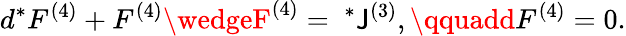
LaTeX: d{}^{*}F^{(4)}+F^{(4)}\wedgeF^{(4)}={~}^{*}\mathsf{J}^{(3)},\qquadd{}F^{(4)}=0.